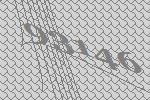
93146